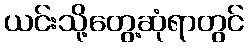
ယင်းသို့တွေ့ဆုံရာတွင်